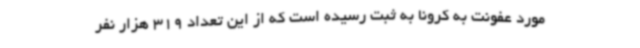
مورد عفونت به کرونا به ثبت رسیده است که از این تعداد 319 هزار نفر